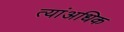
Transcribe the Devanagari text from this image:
त्यांअधिक